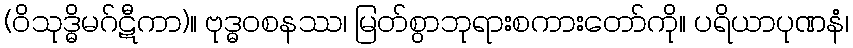
(ဝိသုဒ္ဓိမဂ်ဋီကာ)။ ဗုဒ္ဓဝစနဿ၊ မြတ်စွာဘုရားစကားတော်ကို။ ပရိယာပုဏနံ၊